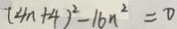
( 4 n + 4 ) ^ { 2 } - 1 6 n ^ { 2 } = 0